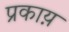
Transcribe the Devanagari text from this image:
प्रकाय़